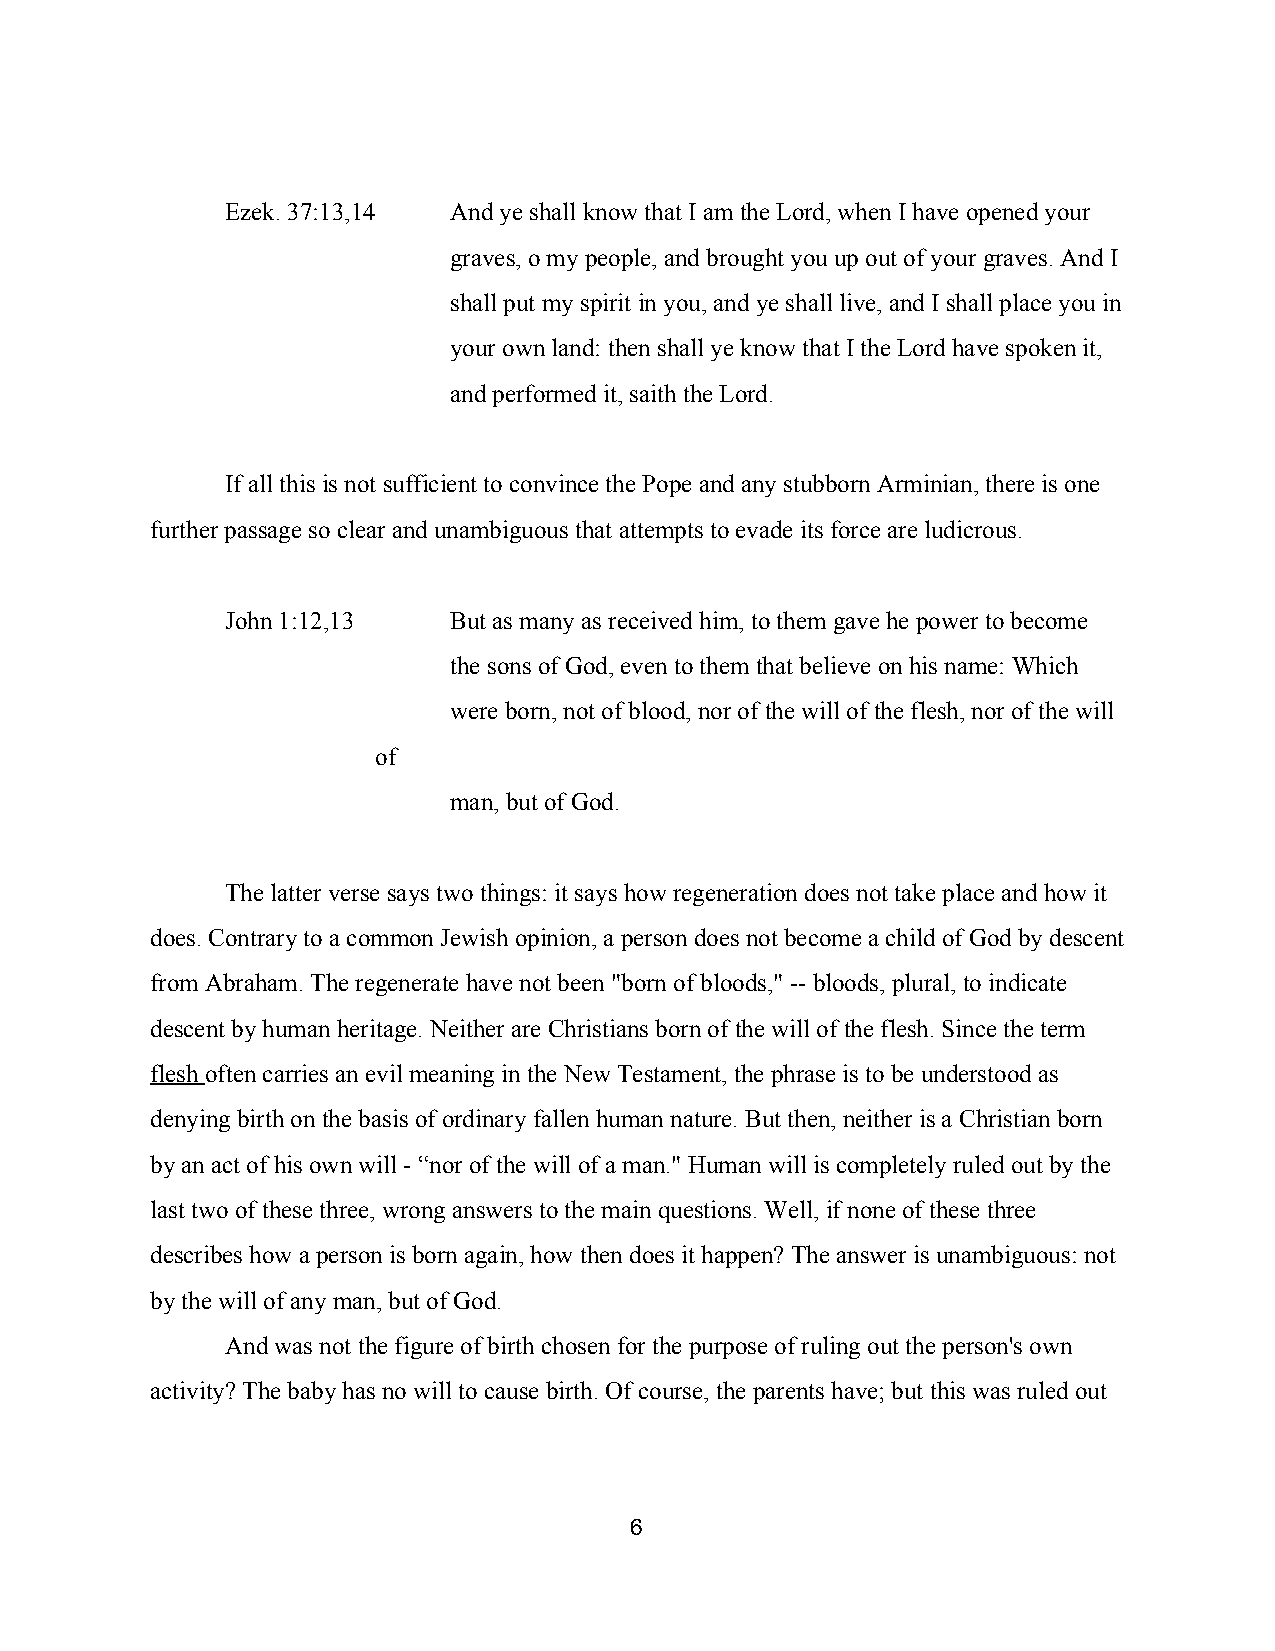
Ezek. 37:13,14 And ye shall know that I am the Lord, when I have opened your
 graves, o my people, and brought you up out of your graves. And I
 shall put my spirit in you, and ye shall live, and I shall place you in
 your own land: then shall ye know that I the Lord have spoken it,
 and performed it, saith the Lord.
 If all this is not sufficient to convince the Pope and any stubborn Arminian, there is one
 further passage so clear and unambiguous that attempts to evade its force are ludicrous.
 John 1:12,13   But as many as received him, to them gave he power to become
 the sons of God, even to them that believe on his name: Which
 were born, not of blood, nor of the will of the flesh, nor of the will
 of
 man, but of God.
 The latter verse says two things: it says how regeneration does not take place and how it
 does. Contrary to a common Jewish opinion, a person does not become a child of God by descent
 from Abraham. The regenerate have not been "born of bloods," ­­ bloods, plural, to indicate
 descent by human heritage. Neither are Christians born of the will of the flesh. Since the term
 flesh often carries an evil meaning in the New Testament, the phrase is to be understood as
 ​
 denying birth on the basis of ordinary fallen human nature. But then, neither is a Christian born
 by an act of his own will ­ “nor of the will of a man." Human will is completely ruled out by the
 last two of these three, wrong answers to the main questions. Well, if none of these three
 describes how a person is born again, how then does it happen? The answer is unambiguous: not
 by the will of any man, but of God.
 And was not the figure of birth chosen for the purpose of ruling out the person's own
 activity? The baby has no will to cause birth. Of course, the parents have; but this was ruled out
 6